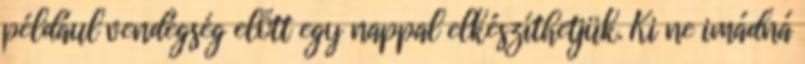
például vendégség előtt egy nappal elkészíthetjük. Ki ne imádná